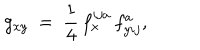
g _ { x y } \ = \ \frac 1 4 \, f _ { x } ^ { i j a } \, f _ { y i j } ^ { a } ,